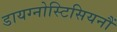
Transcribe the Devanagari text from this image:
डायग्नोस्टिसियनौं